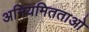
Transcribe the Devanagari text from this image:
अनियमितताओ